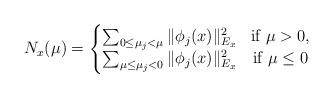
LaTeX: \begin{align*} N_x(\mu) = \left \{ \begin{matrix} \sum_{0 \leq \mu_j < \mu} \| \phi_j(x) \|_{E_x}^2 & \textrm{if }\mu>0,\\ \sum_{\mu \leq \mu_j < 0}\| \phi_j(x) \|_{E_x}^2 & \textrm{if } \mu \leq 0 \end{matrix} \right.\end{align*}